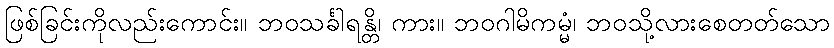
ဖြစ်ခြင်းကိုလည်းကောင်း။ ဘဝသင်္ခါရန္တိ၊ ကား။ ဘဝဂါမိကမ္မံ၊ ဘဝသို့လားစေတတ်သော